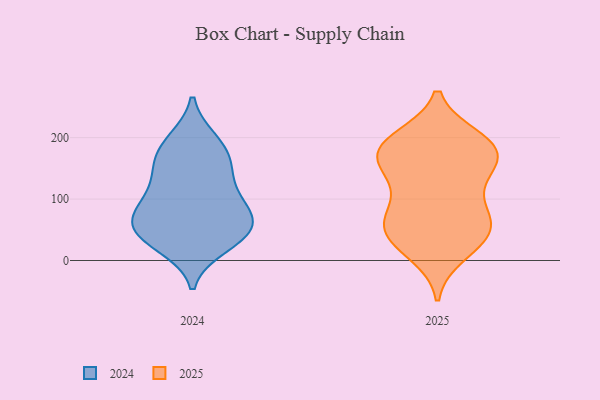
{"axis": {"x": "Backlog", "y": "Value"}, "legend": ["2024", "2025"], "data": [{"x": "", "y": 74, "type": "2025"}, {"x": "", "y": 166, "type": "2025"}, {"x": "", "y": 180, "type": "2025"}, {"x": "", "y": 175, "type": "2025"}, {"x": "", "y": 198, "type": "2025"}, {"x": "", "y": 151, "type": "2025"}, {"x": "", "y": 51, "type": "2025"}, {"x": "", "y": 29, "type": "2025"}, {"x": "", "y": 62, "type": "2025"}, {"x": "", "y": 158, "type": "2025"}, {"x": "", "y": 129, "type": "2025"}, {"x": "", "y": 59, "type": "2025"}, {"x": "", "y": 11, "type": "2025"}, {"x": "", "y": 52, "type": "2025"}, {"x": "", "y": 193, "type": "2025"}, {"x": "", "y": 26, "type": "2025"}, {"x": "", "y": 180, "type": "2025"}, {"x": "", "y": 199, "type": "2025"}, {"x": "", "y": 82, "type": "2025"}, {"x": "", "y": 119, "type": "2025"}, {"x": "", "y": 94, "type": "2024"}, {"x": "", "y": 65, "type": "2024"}, {"x": "", "y": 43, "type": "2024"}, {"x": "", "y": 41, "type": "2024"}, {"x": "", "y": 66, "type": "2024"}, {"x": "", "y": 101, "type": "2024"}, {"x": "", "y": 166, "type": "2024"}, {"x": "", "y": 194, "type": "2024"}, {"x": "", "y": 23, "type": "2024"}, {"x": "", "y": 166, "type": "2024"}, {"x": "", "y": 67, "type": "2024"}, {"x": "", "y": 98, "type": "2024"}, {"x": "", "y": 196, "type": "2024"}, {"x": "", "y": 30, "type": "2024"}, {"x": "", "y": 143, "type": "2024"}, {"x": "", "y": 139, "type": "2024"}, {"x": "", "y": 54, "type": "2024"}]}